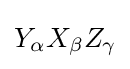
Y_{\alpha }X_{\beta }Z_{\gamma }